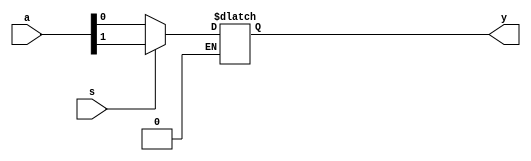
`timescale 1ns / 1ps
//////////////////////////////////////////////////////////////////////////////////
// Company: 
// Engineer: 
// 
// Design Name: 
// Module Name: mux21_b
// Project Name: 
// Target Devices: 
// Tool Versions: 
// Description: 
// 
// Dependencies: 
// 
// Revision:
// Revision 0.01 - File Created
// Additional Comments:
// 
//////////////////////////////////////////////////////////////////////////////////


module mux21_b(
    input [1:0] a,
    input s,
    output reg y
    );
 always @(s)
 begin
 if(s == 0)
 y = a[0];
 if(s == 1)
 y = a[1];
 end   
endmodule